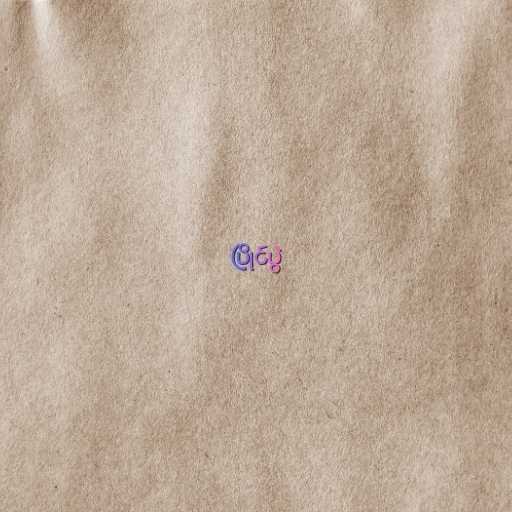
ပြိုင်ပွဲ